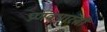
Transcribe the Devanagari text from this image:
प्रणवभारती